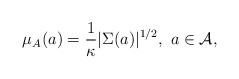
\begin{align*}\mu_{A}(a)=\frac{1}{\kappa}|\Sigma(a)|^{1/2},\ a\in\mathcal{A},\end{align*}